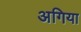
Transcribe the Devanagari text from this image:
अगिया